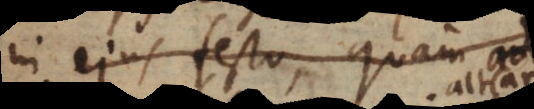
in ejus festo aut